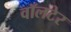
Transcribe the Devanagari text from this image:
वॉलटेर